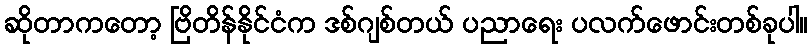
ဆိုတာကတော့ ဗြိတိန်နိုင်ငံက ဒစ်ဂျစ်တယ် ပညာရေး ပလက်ဖောင်းတစ်ခုပါ။